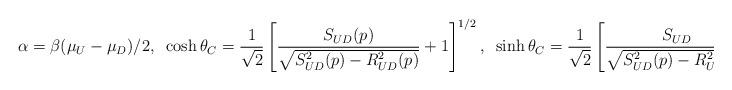
LaTeX: \begin{align*}\alpha=\beta(\mu_U-\mu_D)/2, \;\;\cosh\theta_C=\frac{1}{\sqrt{2}}\left[\frac{S_{UD}(p)}{\sqrt{S_{UD}^2(p)-R_{UD}^2(p)}}+1\right]^{1/2},\;\;\sinh\theta_C=\frac{1}{\sqrt{2}}\left[\frac{S_{UD}}{\sqrt{S_{UD}^2(p)-R_{UD}^2(p)}}-1\right]^{1/2}\end{align*}